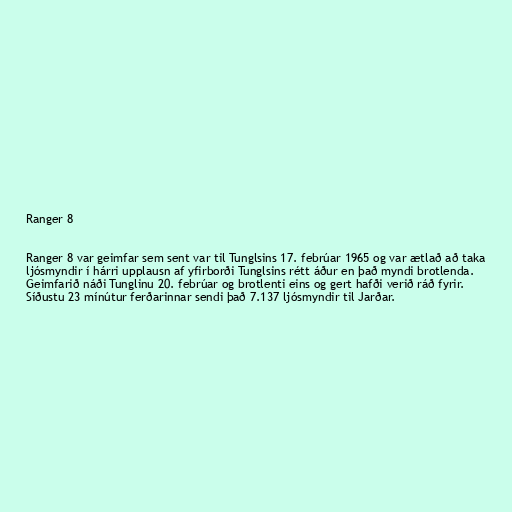
Ranger 8

Ranger 8 var geimfar sem sent var til Tunglsins 17. febrúar 1965 og var ætlað að taka
ljósmyndir í hárri upplausn af yfirborði Tunglsins rétt áður en það myndi brotlenda.
Geimfarið náði Tunglinu 20. febrúar og brotlenti eins og gert hafði verið ráð fyrir.
Síðustu 23 mínútur ferðarinnar sendi það 7.137 ljósmyndir til Jarðar.